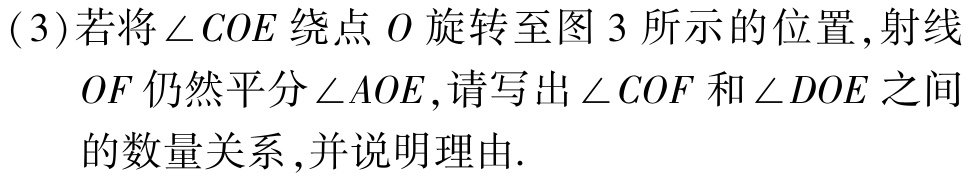
(3)若将\(\angle COE\)绕点\(O\)旋转至图 3 所示的位置,射线\(OF\)仍然平分\(\angle AOE\),请写出\(\angle COF\)和\(\angle DOE\)之间的数量关系,并说明理由.